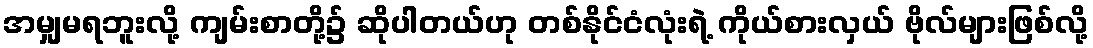
အမျှမရဘူးလို့ ကျမ်းစာတို့၌ ဆိုပါတယ်ဟု တစ်နိုင်ငံလုံးရဲ့ ကိုယ်စားလှယ် ဗိုလ်များဖြစ်လို့